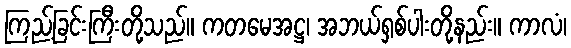
ကြည့်ခြင်းကြီးတို့သည်။ ကတမေအဋ္ဌ၊ အဘယ်ရှစ်ပါးတို့နည်း။ ကာလံ၊